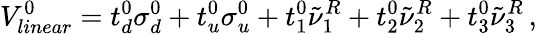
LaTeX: V_{linear}^{0}=t_{d}^{0}\sigma_{d}^{0}+t_{u}^{0}\sigma_{u}^{0}+t_{1}^{0}\tilde{\nu}_{1}^{R}+t_{2}^{0}\tilde{\nu}_{2}^{R}+t_{3}^{0}\tilde{\nu}_{3}^{R}\, ,